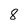
Character: 8